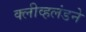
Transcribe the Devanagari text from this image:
क्लीव्हलंडने